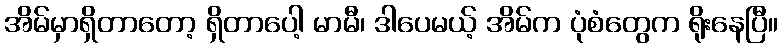
အိမ်မှာရှိတာတော့ ရှိတာပေါ့ မာမီ၊ ဒါပေမယ့် အိမ်က ပုံစံတွေက ရိုးနေပြီ။